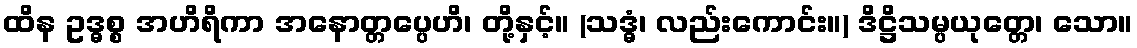
ထိန ဥဒ္ဓစ္စ အဟိရိကာ အနောတ္တပ္ပေဟိ၊ တို့နှင့်။ (သဒ္ဓံ၊ လည်းကောင်း။) ဒိဋ္ဌိသမ္ပယုတ္တေ၊ သော။